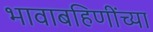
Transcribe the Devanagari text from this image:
भावाबहिणींच्या